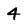
Character: 4